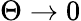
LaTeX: \Theta\to 0